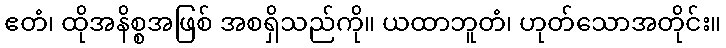
ဧတံ၊ ထိုအနိစ္စအဖြစ် အစရှိသည်ကို။ ယထာဘူတံ၊ ဟုတ်သောအတိုင်း။